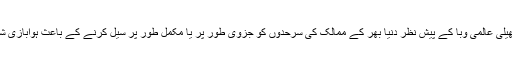
واضح رہے کہ کورونا وائرس سے پھیلی عالمی وبا کے پیش نظر دنیا بھر کے ممالک کی سرحدوں کو جزوی طور پر یا مکمل طور پر سیل کرنے کے باعث ہوابازی شعبے کو خاطر خواہ نقصان پہنچا ہے۔